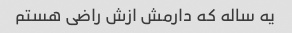
یه ساله که دارمش ازش راضی هستم